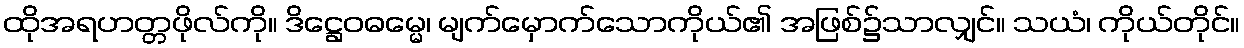
ထိုအရဟတ္တဖိုလ်ကို။ ဒိဋ္ဌေဝဓမ္မေ၊ မျက်မှောက်သောကိုယ်၏ အဖြစ်၌သာလျှင်။ သယံ၊ ကိုယ်တိုင်။